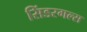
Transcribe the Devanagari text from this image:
सिंडरगल्स